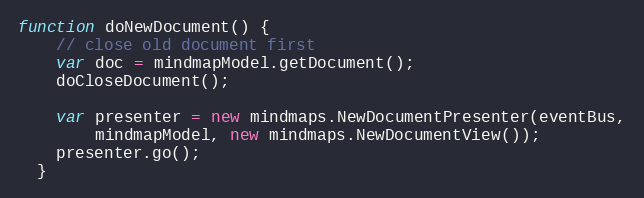
Language: JavaScript
function doNewDocument() {
    // close old document first
    var doc = mindmapModel.getDocument();
    doCloseDocument();

    var presenter = new mindmaps.NewDocumentPresenter(eventBus,
        mindmapModel, new mindmaps.NewDocumentView());
    presenter.go();
  }